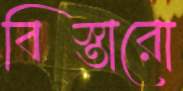
বিস্তারো